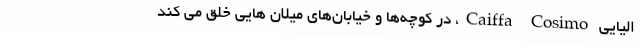
الیایی Caiffa Cosimo، در کوچه‌ها و خیابان‌های میلان هایی خلق می کند